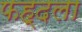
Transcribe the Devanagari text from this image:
फह्दला